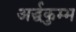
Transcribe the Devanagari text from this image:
अर्द्धकुम्भ